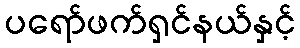
ပရော်ဖက်ရှင်နယ်နှင့်